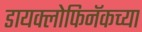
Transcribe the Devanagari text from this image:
डायक्लोफिनॅकच्या